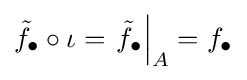
{\tilde {f}}_{\bullet }\circ \iota =\left.{\tilde {f}}_{\bullet }\right|_{A}=f_{\bullet }